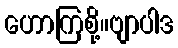
ဟောကြစို့။ဗျာပါဒ